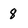
Character: 8